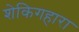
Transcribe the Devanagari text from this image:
शेकिगहारा